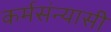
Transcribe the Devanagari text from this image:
कर्मसंन्यासी